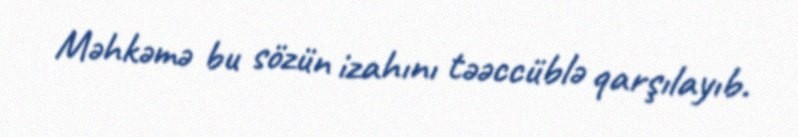
Məhkəmə bu sözün izahını təəccüblə qarşılayıb.